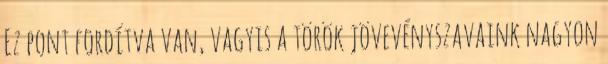
Ez pont fordítva van, vagyis a török jövevényszavaink nagyon